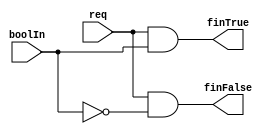
`timescale 1ns / 1ps
//////////////////////////////////////////////////////////////////////////////////
//
// Module Name: branch
// Description: It works like 'if'. finTrue  = req & boolIn,
//                                  finFalse = req & !boolIn.
// 
// Dependencies: 
// 
// Revision:
// Revision 0.01 - File Created
// Additional Comments:
// 
//////////////////////////////////////////////////////////////////////////////////

module branch (req,finTrue,finFalse,boolIn);

input req,boolIn;
output wire finTrue,finFalse;

assign finTrue=req&boolIn;
assign finFalse=req&!boolIn;

endmodule